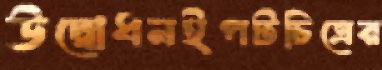
উদ্বোধনইপটচিত্রের